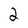
Character: 2